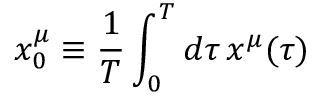
x _ { 0 } ^ { \mu } \equiv { \frac { 1 } { T } } \int _ { 0 } ^ { T } d \tau \, x ^ { \mu } ( \tau )